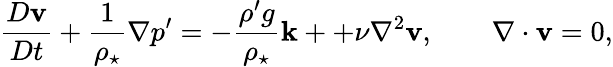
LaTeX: \frac{D{\mathbf v}}{Dt}+\frac{1}{\rho_{\star}}\nabla p^{\prime}=-\frac{\rho^{\prime}g}{\rho_{\star}}{\mathbf k}++\nu\nabla^{2}{\mathbf v},\qquad\nabla\cdot{\mathbf v}=0,